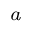
\footnote { T w o t y p i c a l a p p l i c a t i o n s c e n a r i o s f o r t h e p r o p o s e d s y s t e m a r e h e a l t h c a r e , a n d l o g i s t i c s a n d w a r e h o u s i n g , i n w h i c h m u l t i p l e I o T d e v i c e s a r e d e p l o y e d c l o s e t o t h e r e c e i v e r a n d t h e t i m e d e l a y b e t w e e n t h e d i r e c t l i n k a n d b a c k s c a t t e r l i n k i s t h u s n e g l i g i b l e . }